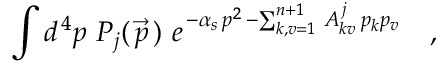
\int d ^ { \, 4 } p \ P _ { j } ( \, \vec { p } \, ) \ e ^ { \, - \alpha _ { s } \, p ^ { 2 } \, - \sum _ { k , v = 1 } ^ { n + 1 } \, A _ { k v } ^ { \, j } \, p _ { k } p _ { v } } \quad ,